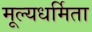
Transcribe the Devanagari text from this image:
मूल्यधर्मिता